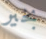
بخير